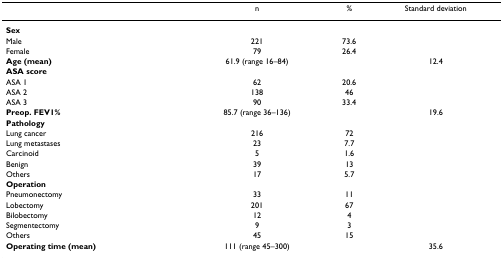
|  | n | % | Standard deviation |
 | --- | --- | --- | --- |
 | Sex |  |  |  |
 | Male | 221 | 73.6 |  |
 | Female | 79 | 26.4 |  |
 | Age (mean) | 61.9 (range 16–84) |  | 12.4 |
 | ASA score |  |  |  |
 | ASA 1 | 62 | 20.6 |  |
 | ASA 2 | 138 | 46 |  |
 | ASA 3 | 90 | 33.4 |  |
 | Preop. FEV1% | 85.7 (range 36–136) |  | 19.6 |
 | Pathology |  |  |  |
 | Lung cancer | 216 | 72 |  |
 | Lung metastases | 23 | 7.7 |  |
 | Carcinoid | 5 | 1.6 |  |
 | Benign | 39 | 13 |  |
 | Others | 17 | 5.7 |  |
 | Operation |  |  |  |
 | Pneumonectomy | 33 | 11 |  |
 | Lobectomy | 201 | 67 |  |
 | Bilobectomy | 12 | 4 |  |
 | Segmentectomy | 9 | 3 |  |
 | Others | 45 | 15 |  |
 | Operating time (mean) | 111 (range 45–300) |  | 35.6 |